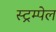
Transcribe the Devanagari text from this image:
स्ट्रम्पेल